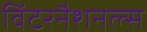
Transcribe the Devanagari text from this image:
विंटरनैशनल्स